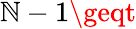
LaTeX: \mathbb{N}-1\geqt